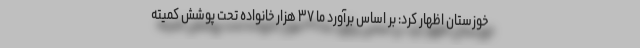
خوزستان اظهار کرد: بر اساس برآورد ما ۳۷ هزار خانواده تحت پوشش کمیته